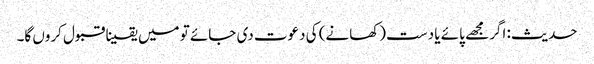
حدیث: اگر مجھے پائے یا دست (کھانے) کی دعوت دی جائے تو میں یقینا قبول کروں گا۔